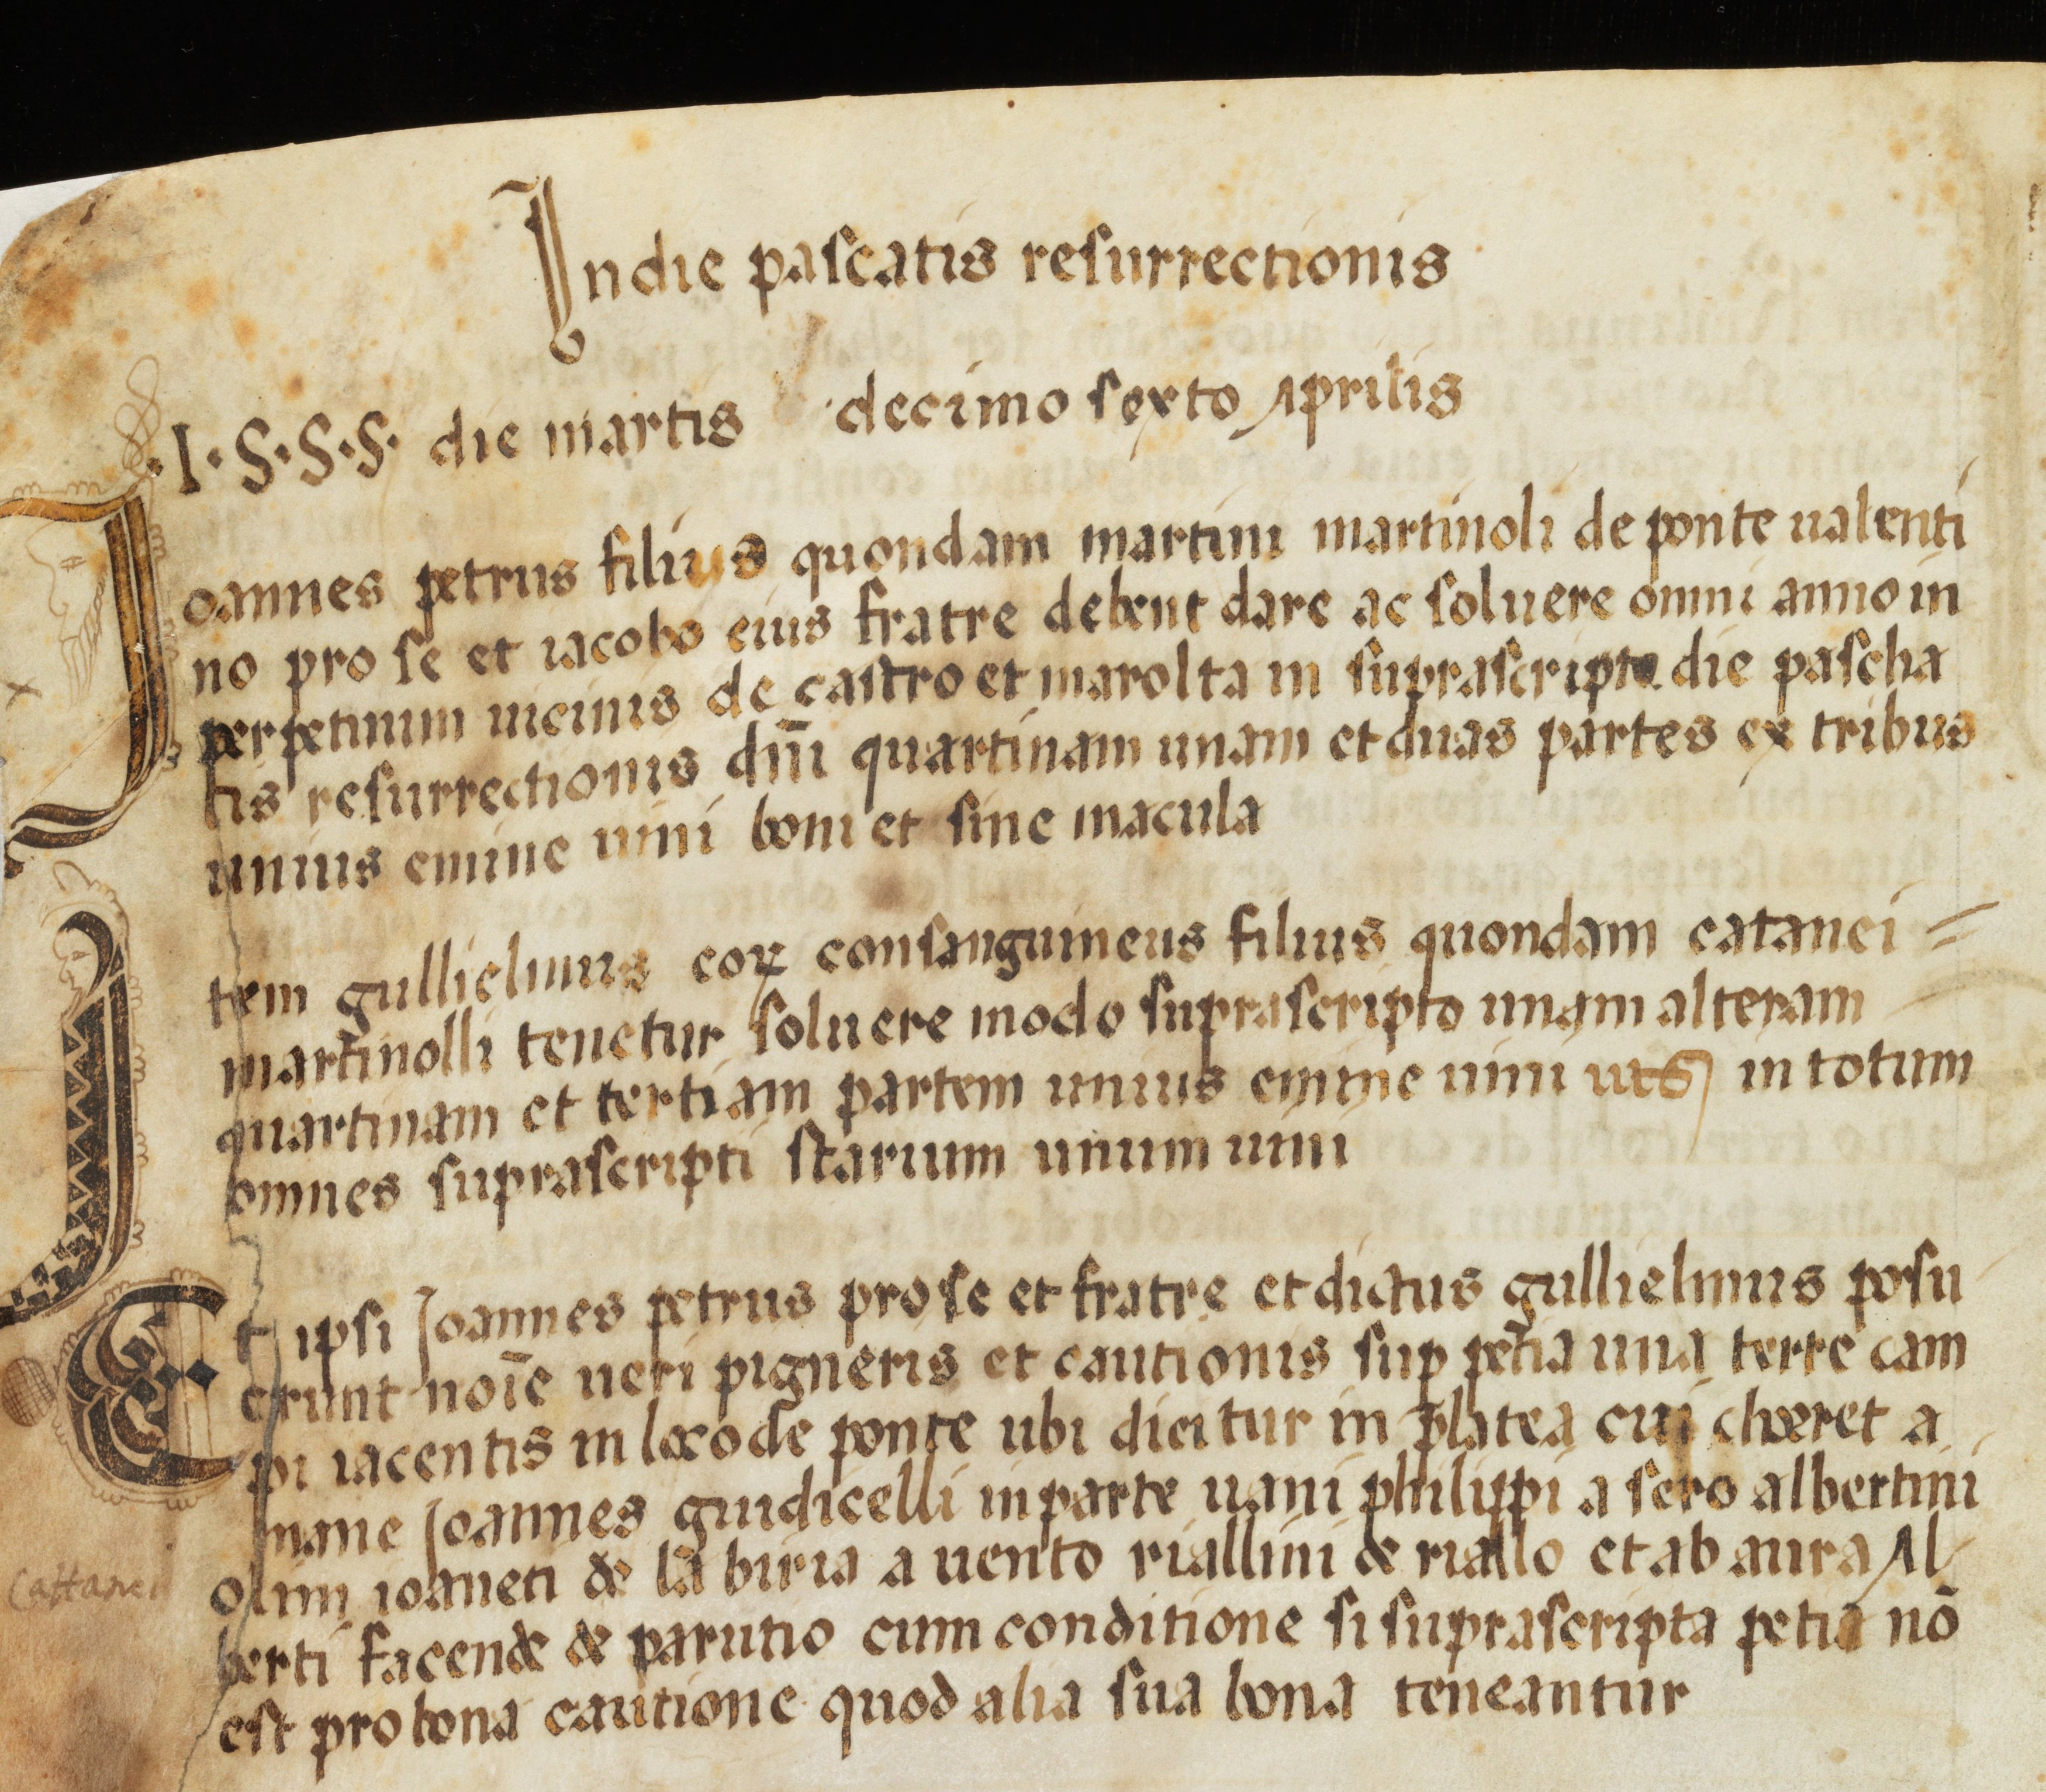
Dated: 1554–1554